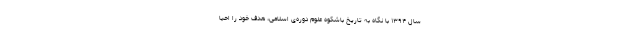
سال ۱۳۹۴ با نگاه به تاریخ باشکوه علوم دوره‌ی اسلامی، هدف خود را احیا